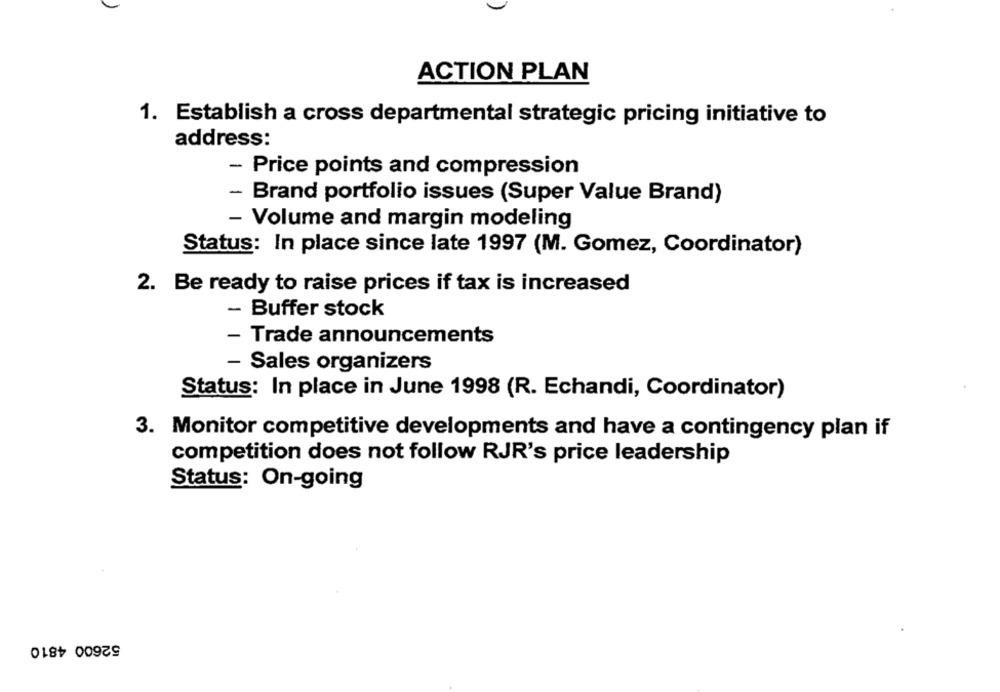
ACTION PLAN
1. Establish a cross departmental strategic pricing initiative to
address:
- Price points and compression
- Brand portfolio issues (Super Value Brand)
- Volume and margin modeling
Status: In place since late 1997 (M. Gomez, Coordinator)
2. Be ready to raise prices if tax is increased
- Buffer stock
- Trade announcements
- Sales organizers
Status: In place in June 1998 (R. Echandi, Coordinator)
3. Monitor competitive developments and have a contingency plan if
competition does not follow RJR's price leadership
Status: On-going
52600 4810